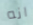
انه